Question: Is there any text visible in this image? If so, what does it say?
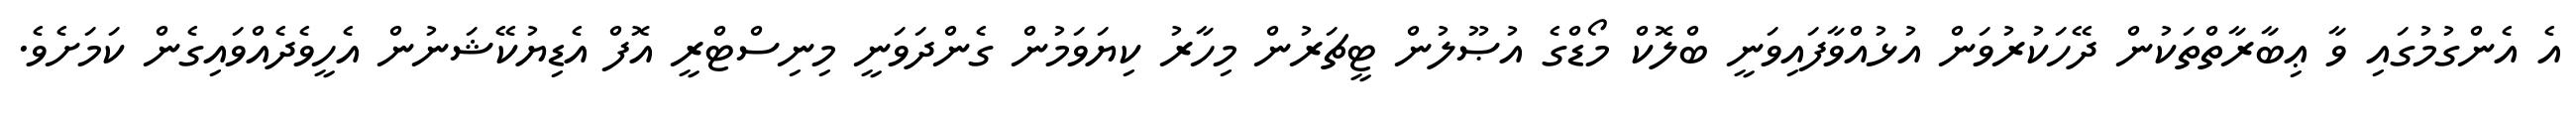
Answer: އެ އެންގުމުގައި ވާ ޢިބާރާތްތަކުން ދޭހަކުރުވަން އުޅުއްވާފައިވަނީ ބްލޮކް މޯޑްގެ އުޞޫލުން ޓީޗަރުން މިހާރު ކިޔަވަމުން ގެންދަވަނީ މިނިސްޓްރީ އޮފް އެޑިޔުކޭޝަނުން އެހީވެދެއްވައިގެން ކަމަށެވެ.